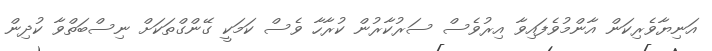
އަނިޔާވެރިކަން އާންމުވެފައިވާ އިރުވެސް ސަރުކާރުން ކުރާހާ ވެސް ކަމަކީ ގޭންގްތަކަށް ނިސްބަތްވާ ކުދިން